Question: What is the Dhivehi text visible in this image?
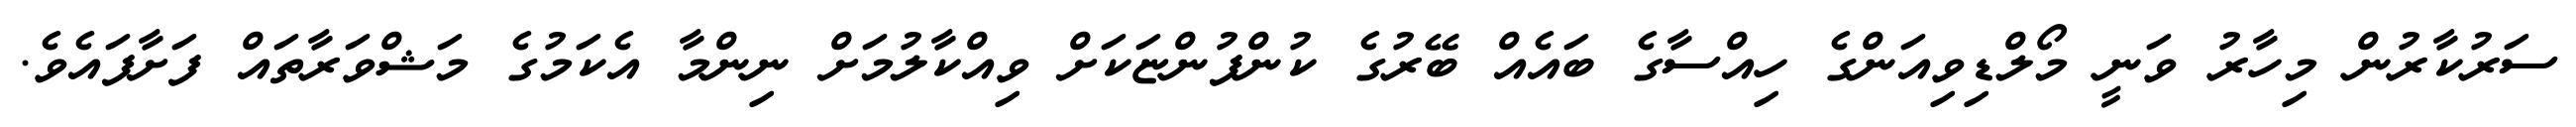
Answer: ސަރުކާރުން މިހާރު ވަނީ މޯލްޑިވިއަންގެ ހިއްސާގެ ބައެއް ބޭރުގެ ކުންފުންޏަކަށް ވިއްކާލުމަށް ނިންމާ އެކަމުގެ މަޝްވަރާތައް ފަށާފައެވެ.